Annual report of the Bengal Veterinary College and of the Civil Veterinary Department, Bengal, for the year 1907-1908 - 1907-1908
Year: 1907
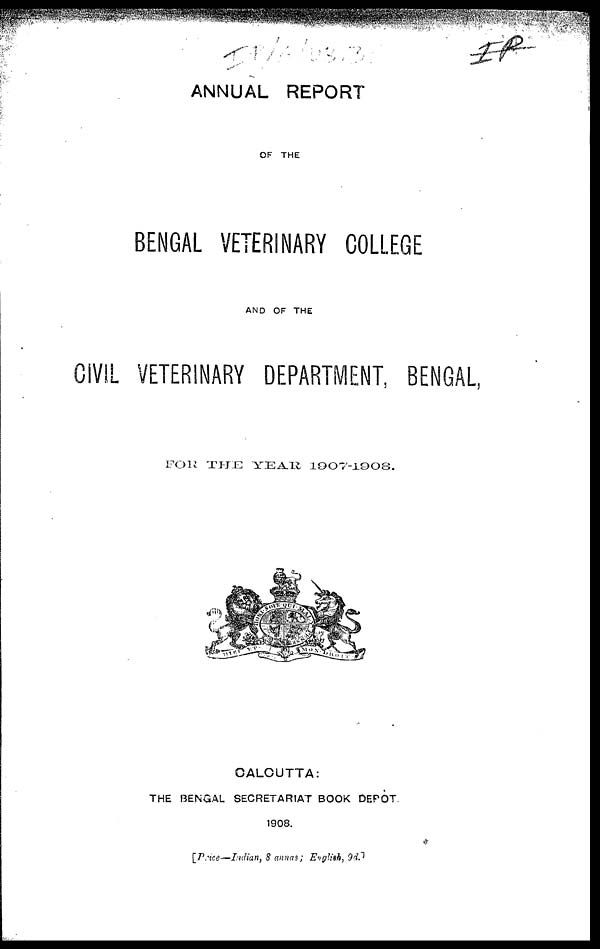
ANNUAL REPORT
OF THE
BENGAL VETERINARY COLLEGE
AND OF THE
CIVIL VETERINARY DEPARTMENT, BENGAL
FOR
THE
YEAR
1907-1908.
CALCUTTA:
THE BENGAL SECRETARIAT BOOK DEPOT
1908.
[Price—Indian, 8 annas; English, 9d.]